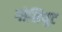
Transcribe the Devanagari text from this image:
गोशियूट